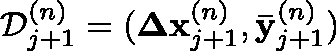
\mathcal { D } _ { j + 1 } ^ { ( n ) } = ( \mathbf { \Delta x } _ { j + 1 } ^ { ( n ) } , \mathbf { \bar { y } } _ { j + 1 } ^ { ( n ) } )